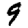
Digit: 9